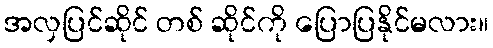
အလှပြင်ဆိုင် တစ် ဆိုင်ကို ပြောပြနိုင်မလား။